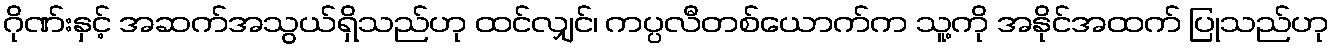
ဂိုဏ်းနှင့် အဆက်အသွယ်ရှိသည်ဟု ထင်လျှင်၊ ကပ္ပလီတစ်ယောက်က သူ့ကို အနိုင်အထက် ပြုသည်ဟု